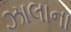
ઝાલાના